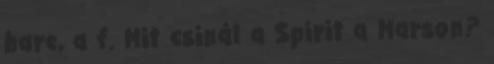
harc, a f. Mit csinál a Spirit a Marson?